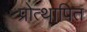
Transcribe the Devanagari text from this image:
प्रोत्थापित